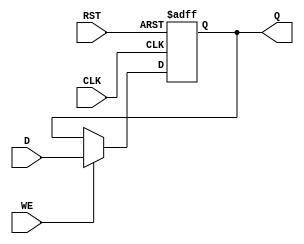
module StoreRegister (
    input wire D,        // Data Input
    input wire CLK,      // Clock
    input wire WE,       // Write Enable
    input wire RST,      // Reset
    output reg Q         // Stored Output
);

// Asynchronous reset and synchronous write
always @(posedge CLK or posedge RST) begin
    if (RST) begin
        Q <= 1'b0; // Reset value
    end else if (WE) begin
        Q <= D;     // Capture the data input on clock edge if write enabled
    end
    // If WE is low, Q retains its previous value
end

endmodule